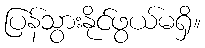
ပြန်သွားနိုင်ဖွယ်မရှိ။